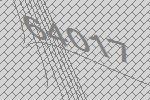
64017